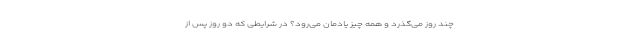
چند روز می‌گذرد و همه چیز یادمان می‌رود؟ در شرایطی که دو روز پس از